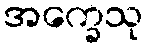
အက္ခေသု